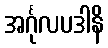
အင်္ဂုလပဒါနိ